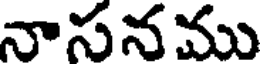
నాసనము